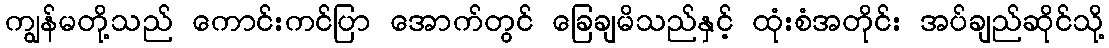
ကျွန်မတို့သည် ကောင်းကင်ပြာ အောက်တွင် ခြေချမိသည်နှင့် ထုံးစံအတိုင်း အပ်ချည်ဆိုင်သို့